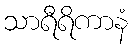
သာရီရိကာနံ